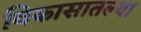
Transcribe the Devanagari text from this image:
विकासातल्या